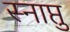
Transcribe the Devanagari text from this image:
स्नाप्तु